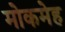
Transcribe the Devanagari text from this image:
मोकमेह